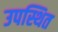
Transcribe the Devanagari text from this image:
उपस्थित